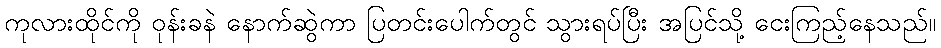
ကုလားထိုင်ကို ဝုန်းခနဲ နောက်ဆွဲကာ ပြတင်းပေါက်တွင် သွားရပ်ပြီး အပြင်သို့ ငေးကြည့်နေသည်။